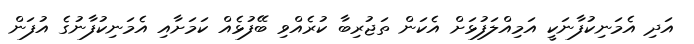
އަދި އެމަނިކުފާނަކީ އަމިއްލަފުޅަށް އެކަން ތަޖުރިބާ ކުރެއްވި ބޭފުޅެއް ކަމަށާއި އެމަނިކުފާނުގެ އުފަން